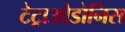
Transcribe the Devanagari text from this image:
टेट्राओडोनिस